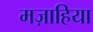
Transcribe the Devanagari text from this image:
मज़ाहिया